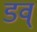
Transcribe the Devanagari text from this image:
डव्